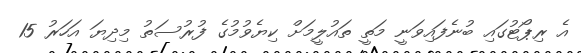
އެ ރިޕޯޓުގައި ބުނެފައިވަނީ މަތީ ތައުލީމަށް ކިޔެވުމުގެ ފުރުސަތު މިދިޔަ އަހަރު 15